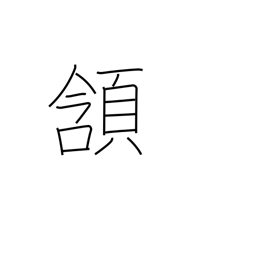
Meaning: nod approval